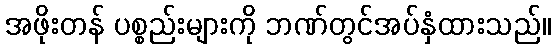
အဖိုးတန် ပစ္စည်းများကို ဘဏ်တွင်အပ်နှံထားသည်။